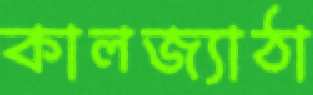
কালজ্যাঠা